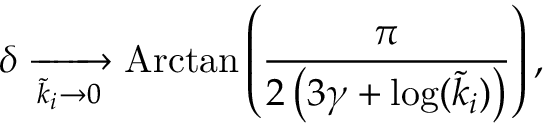
\delta \xrightarrow [ \tilde { k } _ { i } \to 0 ] { } \mathrm { A r c t a n } \left( \frac { \pi } { 2 \left( 3 \gamma + \log ( \tilde { k } _ { i } ) \right) } \right) ,